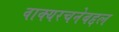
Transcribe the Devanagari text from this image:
वाक्यरचनेबद्दल